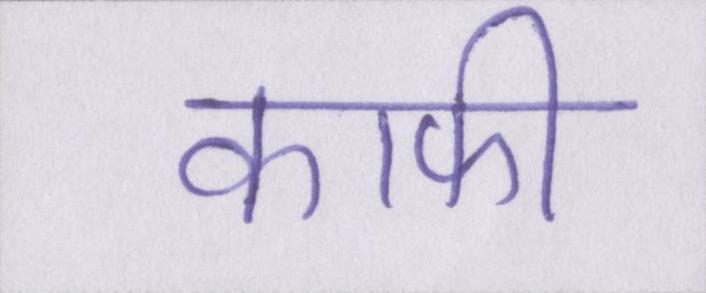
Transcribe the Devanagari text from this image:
काफी